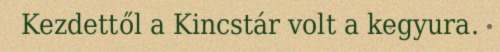
Kezdettől a Kincstár volt a kegyura.